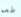
طعم